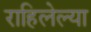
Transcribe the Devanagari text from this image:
राहिलेल्‍या